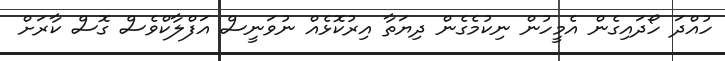
ހުއްދަ ހޯދައިގެން އެމީހުން ނިކުމެގެން ދިޔަތާ އިރުކޮޅެއް ނުވަނީސް އަފްލާކްވެސް ގޮސް ކާރަށް